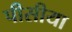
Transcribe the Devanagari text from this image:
पीसीया